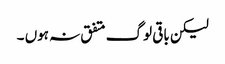
لیکن باقی لوگ متفق نہ ہوں ۔